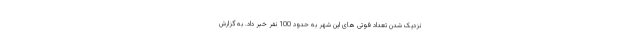
نزدیک شدن تعداد فوتی های این شهر به حدود 100 نفر خبر داد. به گزارش